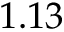
1 . 1 3